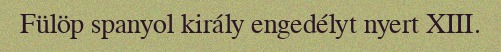
Fülöp spanyol király engedélyt nyert XIII.